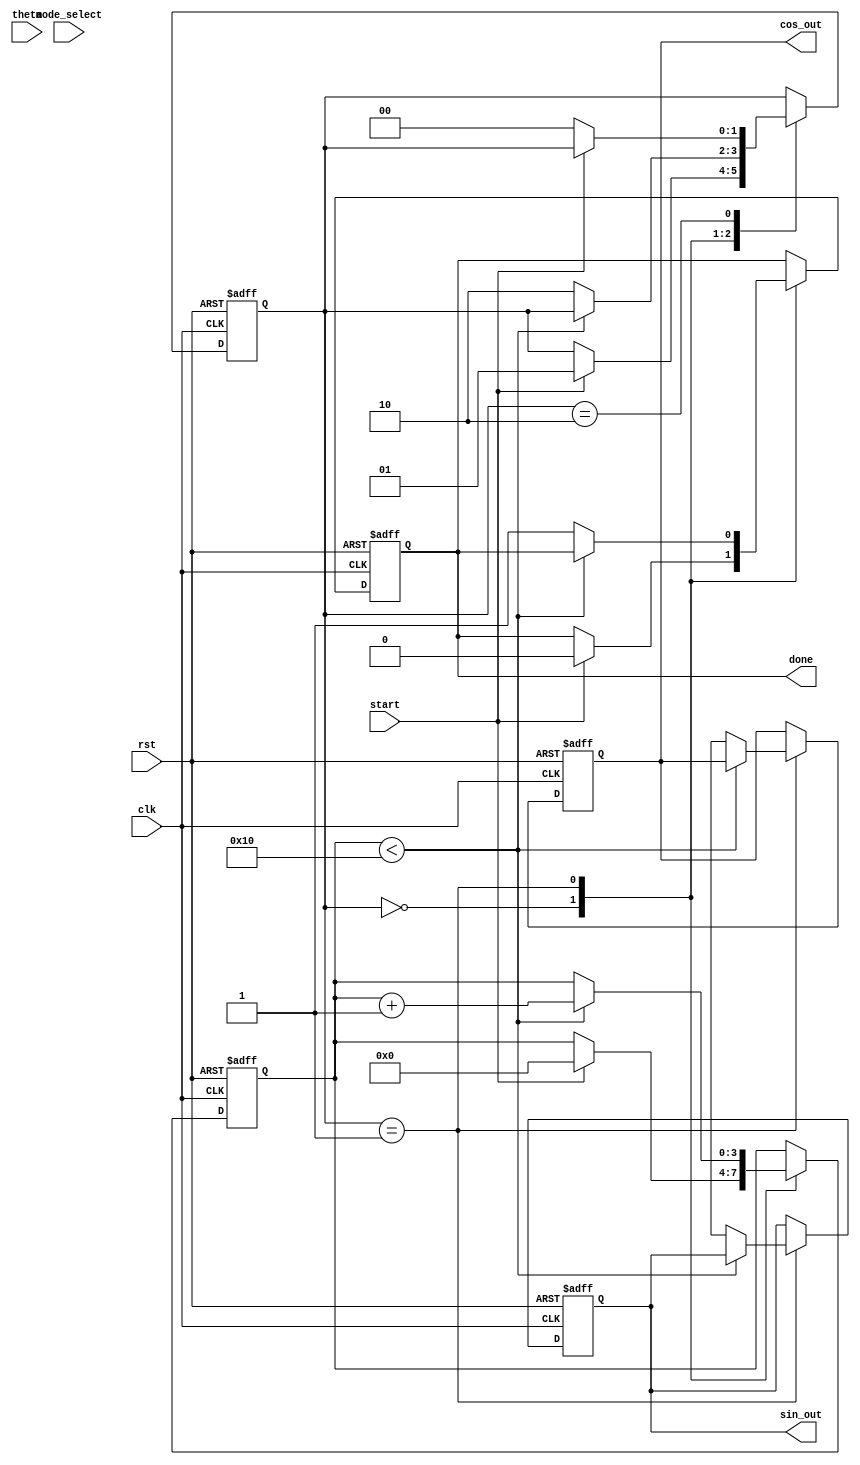
module cordic (
    input wire clk,
    input wire rst,
    input wire [15:0] theta, // Fixed-point angle input
    input wire mode_select,   // 0 for rotation, 1 for vectoring
    input wire start,
    output reg [15:0] sin_out, // Sine output
    output reg [15:0] cos_out, // Cosine output
    output reg done
);

    // Parameters
    parameter NUM_ITERATIONS = 16;
    parameter CORDIC_GAIN = 16'h26DD; // Precomputed gain factor

    // Internal signals
    reg [15:0] x [0:NUM_ITERATIONS-1]; // X coordinate
    reg [15:0] y [0:NUM_ITERATIONS-1]; // Y coordinate
    reg [15:0] z [0:NUM_ITERATIONS-1]; // Angle
    reg [3:0] iteration;
    reg [1:0] state;

    // Lookup table for arctangent values
    reg [15:0] atan_lut [0:NUM_ITERATIONS-1];
    initial begin
        // Precompute arctangent values (in fixed-point format)
        atan_lut[0] = 16'h2000; // atan(2^-0)
        atan_lut[1] = 16'h1666; // atan(2^-1)
        atan_lut[2] = 16'h0D09; // atan(2^-2)
        atan_lut[3] = 16'h0A3D; // atan(2^-3)
        // ... (Fill in the rest of the LUT values)
    end

    // State machine states
    localparam IDLE = 2'b00;
    localparam EXECUTE = 2'b01;
    localparam DONE = 2'b10;

    // Initialize registers
    always @(posedge clk or posedge rst) begin
        if (rst) begin
            iteration <= 0;
            state <= IDLE;
            sin_out <= 0;
            cos_out <= 0;
            done <= 0;
        end else begin
            case (state)
                IDLE: begin
                    if (start) begin
                        // Initialize x and y for rotation mode
                        x[0] <= 16'h4000; // 1.0 in fixed-point
                        y[0] <= 0;
                        z[0] <= theta;
                        iteration <= 0;
                        state <= EXECUTE;
                        done <= 0;
                    end
                end

                EXECUTE: begin
                    if (iteration < NUM_ITERATIONS) begin
                        if (z[iteration] < 0) begin
                            // Perform rotation
                            x[iteration + 1] <= x[iteration] + (y[iteration] >> iteration);
                            y[iteration + 1] <= y[iteration] - (x[iteration] >> iteration);
                            z[iteration + 1] <= z[iteration] + atan_lut[iteration];
                        end else begin
                            // Perform rotation
                            x[iteration + 1] <= x[iteration] - (y[iteration] >> iteration);
                            y[iteration + 1] <= y[iteration] + (x[iteration] >> iteration);
                            z[iteration + 1] <= z[iteration] - atan_lut[iteration];
                        end
                        iteration <= iteration + 1;
                    end else begin
                        // Finalize results
                        sin_out <= y[NUM_ITERATIONS];
                        cos_out <= x[NUM_ITERATIONS] * CORDIC_GAIN; // Apply gain
                        state <= DONE;
                        done <= 1;
                    end
                end

                DONE: begin
                    if (!start) begin
                        state <= IDLE; // Reset state
                    end
                end
            endcase
        end
    end

endmodule